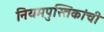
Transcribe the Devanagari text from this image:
नियमपुस्तिकांची